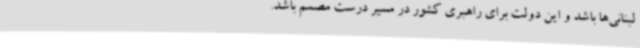
لبنانی‌ها باشد و این دولت برای راهبری کشور در مسیر درست مصمم باشد.